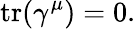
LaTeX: \operatorname{tr}(\gamma^{\mu})=0.